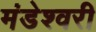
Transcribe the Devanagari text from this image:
मंडेश्वरी